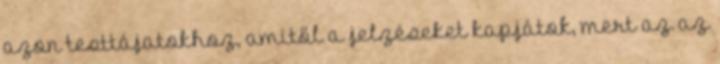
azon testtájatokhoz, amitől a jelzéseket kapjátok, mert az az